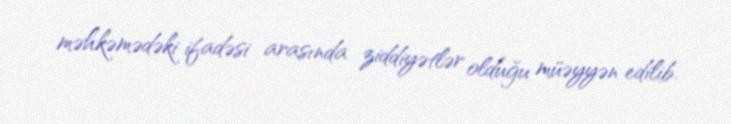
məhkəmədəki ifadəsi arasında ziddiyətlər olduğu müəyyən edilib.